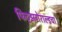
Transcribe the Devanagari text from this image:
फिट्झगेराल्डचा